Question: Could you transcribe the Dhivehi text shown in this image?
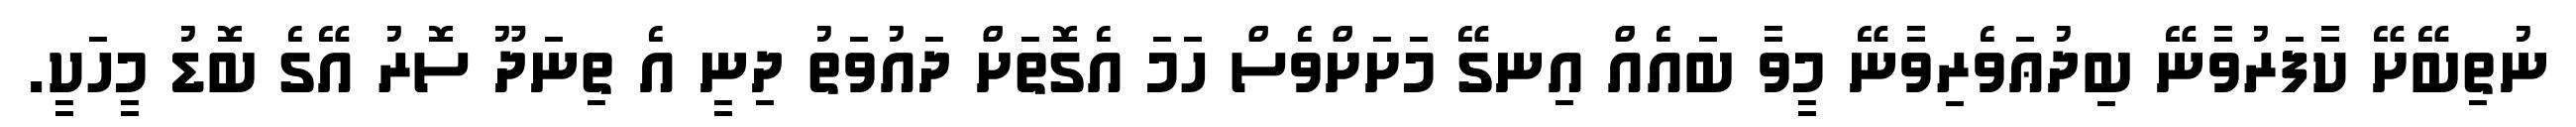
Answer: ނުތިބޭށޭ ކާފަރުވާނޭ ބިދުޢަވެރިވާނޭ މީވާ ބައެއް އިނގޭ މަށަށްވެސް ހަމަ އެގޮތަށް ދައުވަތު ދިނީ އެ ތިނަދޫ ސޮރު އޭގެ ބޮޑު މީހަކީ.